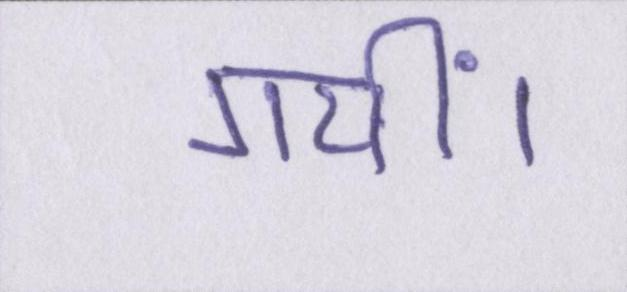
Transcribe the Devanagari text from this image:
गयीं।